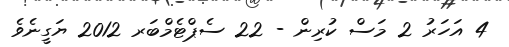
4 އަހަރު 2 މަސް ކުރިން - 22 ސެޕްޓެމްބަރ 2012 ޔަގީނެވެ